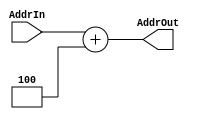
module Adder
(
	output wire [31:0]AddrOut,
	input [31:0]AddrIn
);
	
	assign AddrOut=AddrIn+4;

endmodule